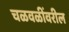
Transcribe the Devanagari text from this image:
चळवळींवरील